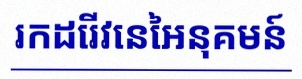
រកដេរីវេនៃអនុគមន៍